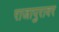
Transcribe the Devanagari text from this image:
राजापुरावर